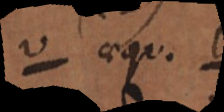
aequ. 1